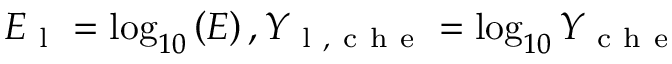
E _ { \mathrm { ~ l ~ } } = \log _ { 1 0 } \left( E \right) , Y _ { \mathrm { ~ l ~ , ~ c ~ h ~ e ~ } } = \log _ { 1 0 } Y _ { \mathrm { ~ c ~ h ~ e ~ } }